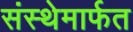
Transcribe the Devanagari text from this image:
संस्‍थेमार्फत